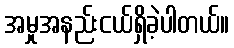
အမှုအနည်းငယ်ရှိခဲ့ပါတယ်။